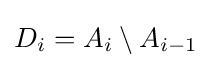
D_{i}=A_{i}\setminus A_{i-1}